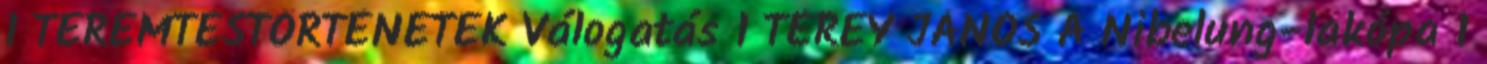
1 TEREMTÉSTÖRTÉNETEK Válogatás 1 TÉREY JÁNOS A Nibelung-lakópa 1